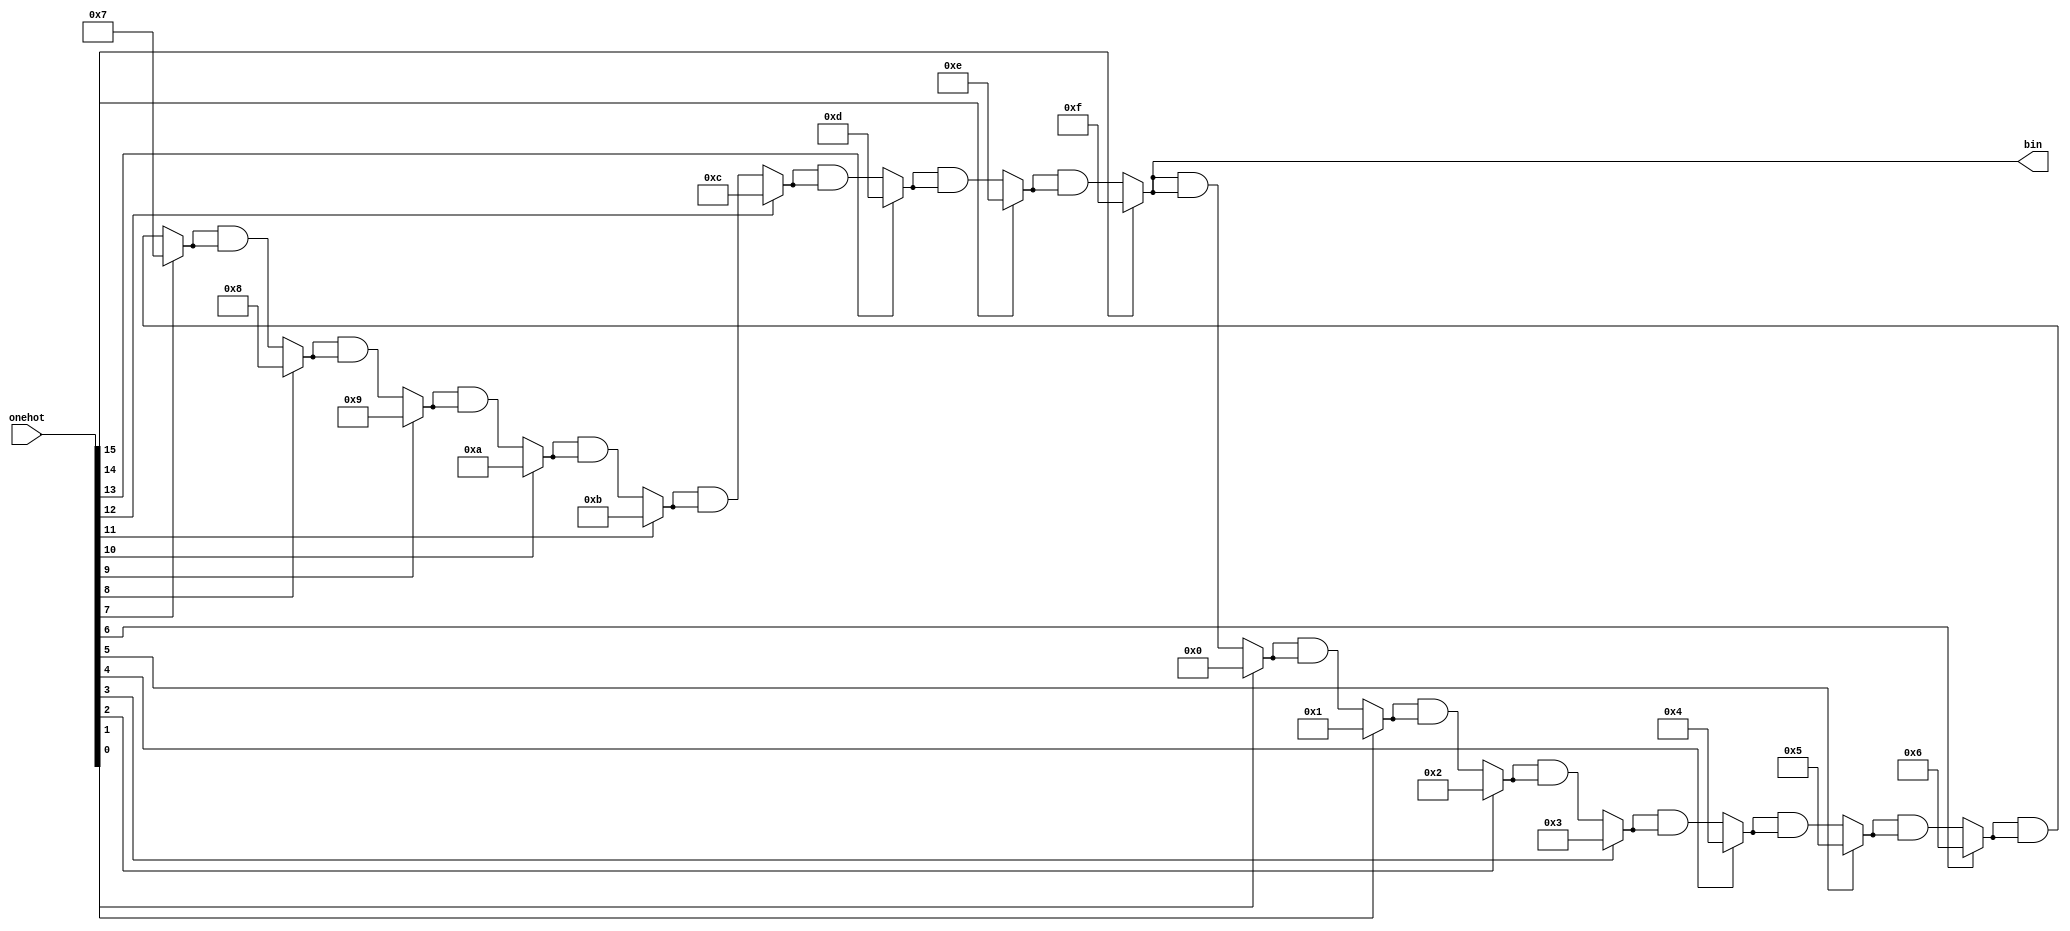
`timescale 1ns/1ns

module onehot_to_bin(
    onehot,
    bin
    );

input [15:0] onehot;
output reg [3:0] bin;

integer i;

always @(onehot) begin
    for (i = 0; i < 16; i = i + 1) begin
        if (onehot[i] == 1'b1) begin
            bin = i;
        end else begin
            bin = bin & bin;
        end
    end
end

endmodule